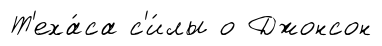
Т'еха́са с'и́лы о Джонсон